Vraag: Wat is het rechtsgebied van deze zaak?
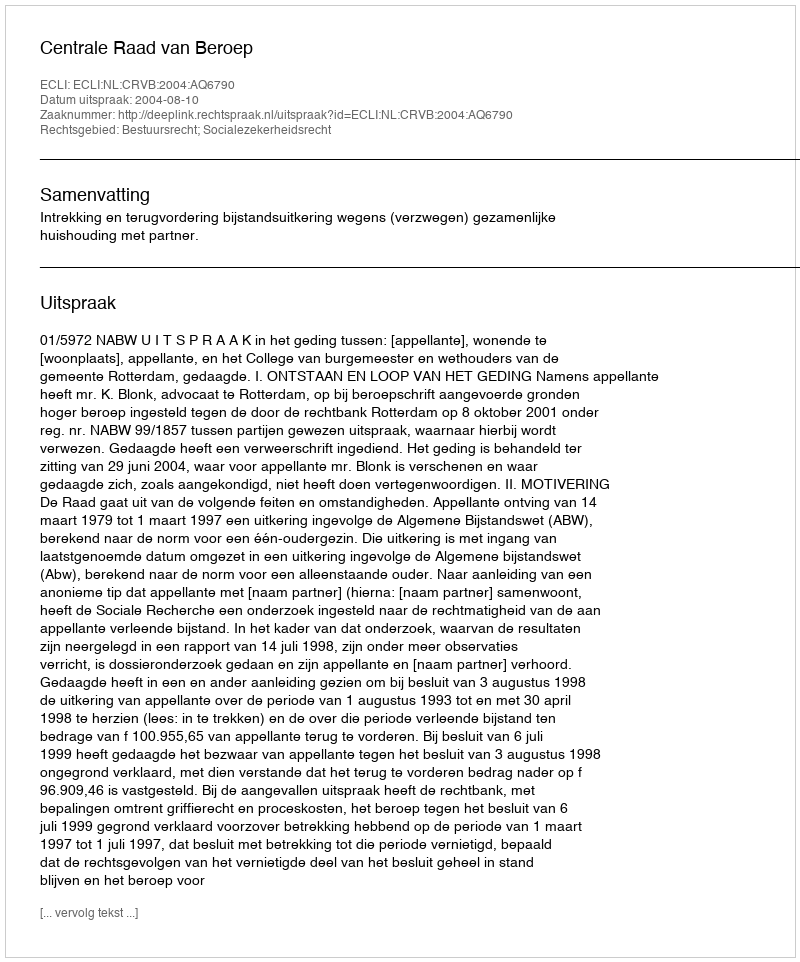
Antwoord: Bestuursrecht; Socialezekerheidsrecht